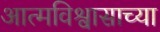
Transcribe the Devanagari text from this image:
आत्मविश्वासाच्या